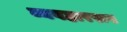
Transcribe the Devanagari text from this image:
व्यवहाररूप